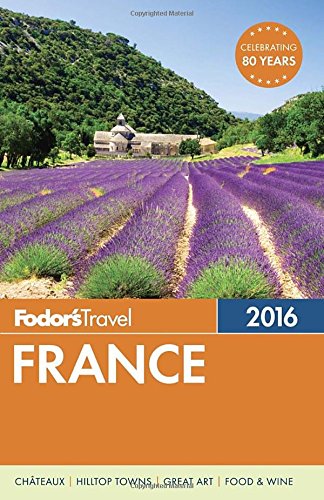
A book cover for Fodor's France 2016 (Full-color Travel Guide); Fodor's; Travel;